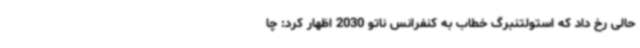
حالی رخ داد که استولتنبرگ خطاب به کنفرانس ناتو 2030 اظهار کرد: چا